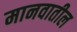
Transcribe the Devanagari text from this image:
मानवातील